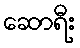
ဆောရီး